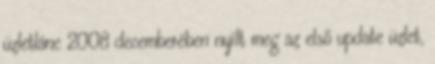
üzletlánc 2008 decemberében nyílt meg az első update üzlet,